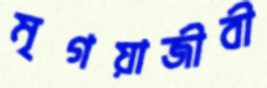
মৃগয়াজীবী